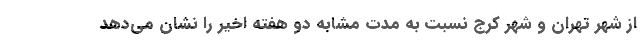
از شهر تهران و شهر کرج نسبت به مدت مشابه دو هفته اخیر را نشان می‌دهد